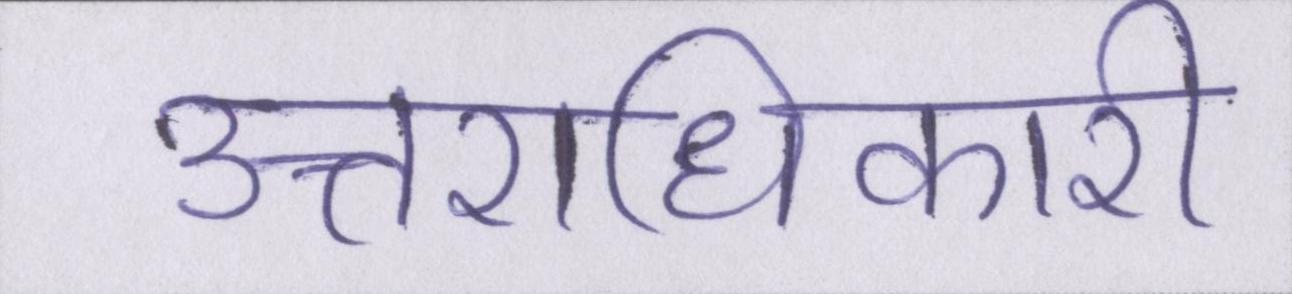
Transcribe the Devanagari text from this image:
उत्तराधिकारी